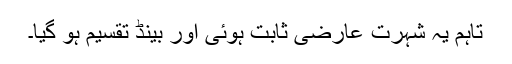
تاہم یہ شہرت عارضی ثابت ہوئی اور بینڈ تقسیم ہو گیا۔